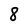
Character: 8